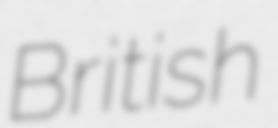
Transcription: British